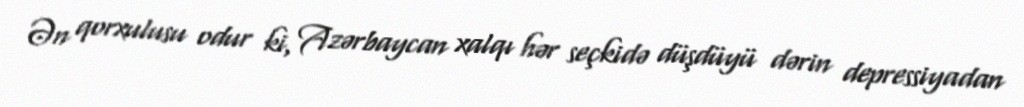
Ən qorxulusu odur ki, Azərbaycan xalqı hər seçkidə düşdüyü dərin depressiyadan